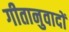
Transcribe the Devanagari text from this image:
गीतानुवादों